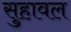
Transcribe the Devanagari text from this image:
सुहावल